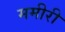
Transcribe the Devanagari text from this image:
ममीरी